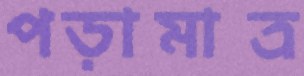
পড়ামাত্র